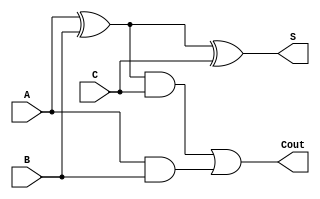
module ckt_level(A,B,C,S,Cout);
input A,B,C;
output S,Cout;
wire w1,w2,w3;
xor a1(w1,A,B);
xor a2(S,w1,C);
and b1(w2,w1,C);
and b2(w3,A,B);
or c1(Cout,w2,w3);
endmodule
module ckt_level_tb;
reg A,B,C;
wire S,Cout;
ckt_level z(A,B,C,S,Cout);
initial begin
    A=0;B=0;C=0;
    $monitor("Time=%0t, A=%b, B=%b, C=%b, S=%b, Cout=%b",$time, A,B,C,S,Cout);
    #10 A=0;B=0;C=1;
    #10 A=0;B=1;C=0;
    #10 A=0;B=1;C=1;
    #10 A=1;B=0;C=0;
    #10 A=1;B=0;C=1;
    #10 A=1;B=1;C=0;
    #10 A=1;B=1;C=1;
end
endmodule